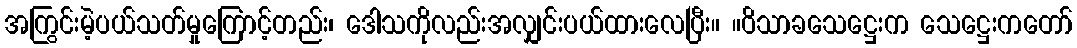
အကြွင်းမဲ့ပယ်သတ်မှုကြောင့်တည်း၊ ဒေါသကိုလည်းအလျှင်းပယ်ထားလေပြီး။ ။ဝိသာခသေဋ္ဌေးက သေဋ္ဌေးကတော်